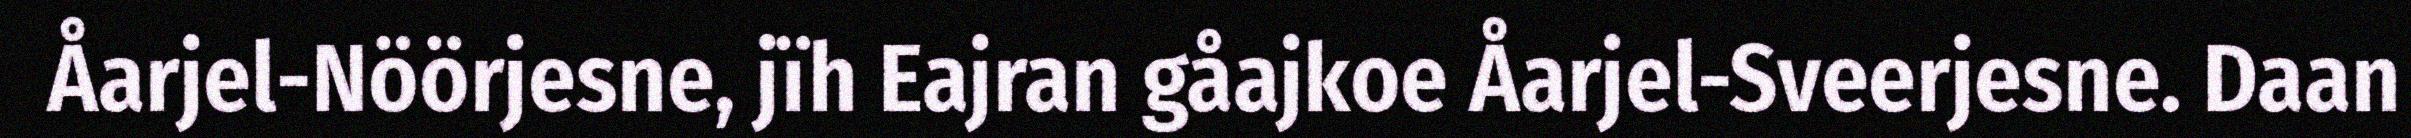
Åarjel-Nöörjesne, jïh Eajran gåajkoe Åarjel-Sveerjesne. Daan